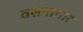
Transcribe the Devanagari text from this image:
वसनागार